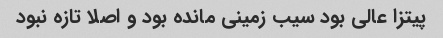
پیتزا عالی بود سیب زمینى مانده بود و اصلا تازه نبود